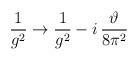
LaTeX: \begin{align*}\frac{1}{g^2}\to \frac{1}{g^2}- i\,\frac{\vartheta}{8\pi^2}\end{align*}